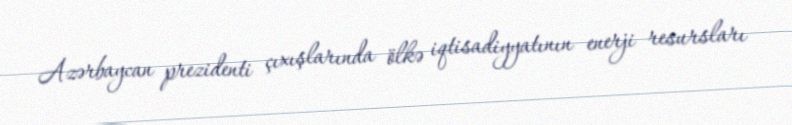
Azərbaycan prezidenti çıxışlarında ölkə iqtisadiyyatının enerji resursları